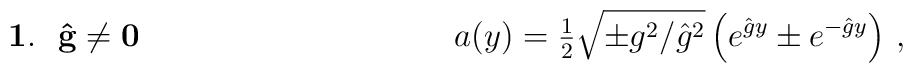
\mathbf{1.\,\,\,\,\hat{g}\neq 0}\hspace{4cm}   a(y) = {\textstyle\frac{1}{2}}\sqrt{\pm g^{2}/\hat{g}^{2}}        \left(e^{\hat{g}y} \pm e^{-\hat{g}y}\right)\, ,\hspace{3cm}